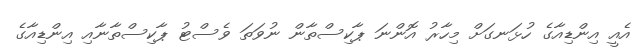
އެއީ އިންޑިއާގެ ހުޅަނގަށް މިހާރު އޮންނަ ޕާކިސްތާން ނުވަތަ ވެސްޓު ޕާކިސްތާނާއި އިންޑިއާގެ